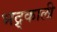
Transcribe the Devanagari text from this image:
भद्र्काली